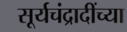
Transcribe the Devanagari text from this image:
सूर्यचंद्रादींच्या